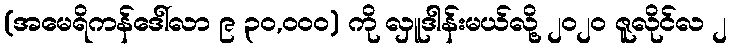
(အမေရိကန်ဒေါ်လာ ၉ ၃၀,၀၀၀) ကို လှူဒါန်းမယ်လို့ ၂၀၂၀ ဇူလိုင်လ ၂